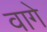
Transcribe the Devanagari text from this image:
वागे